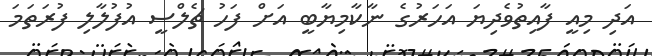
އަދި މިއީ ފާއިތުވެދިޔަ އަހަރުގެ ނާކާމިޔާބީ އަށް ފަހު ޗެލްސީ އުފުލާލި ފުރަތަމަ